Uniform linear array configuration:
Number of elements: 8
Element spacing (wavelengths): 1
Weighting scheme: hann
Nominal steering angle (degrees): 30
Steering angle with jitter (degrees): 31.362
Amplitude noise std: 0.05
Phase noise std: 0.05

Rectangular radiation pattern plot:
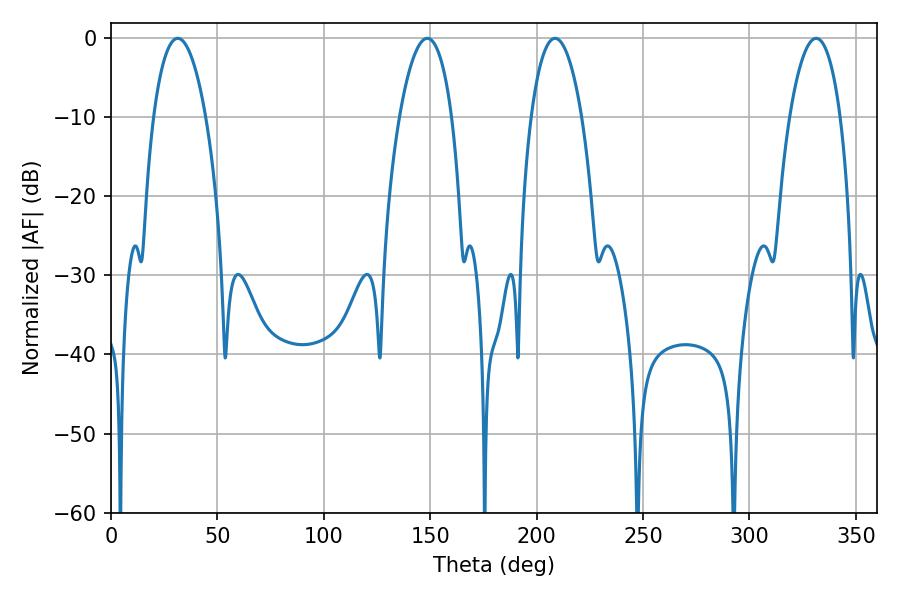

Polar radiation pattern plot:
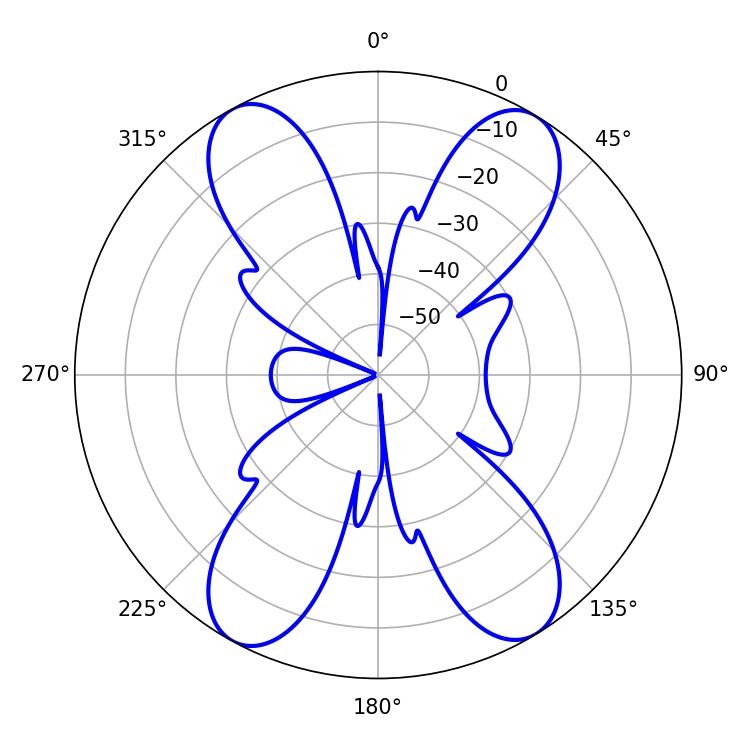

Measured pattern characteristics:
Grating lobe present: TRUE
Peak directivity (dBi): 18.419
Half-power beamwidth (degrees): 13.32
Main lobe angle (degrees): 208.62